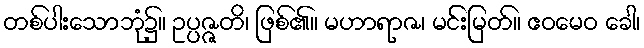
တစ်ပါးသောဘုံ၌။ ဥပ္ပဇ္ဇတိ၊ ဖြစ်၏။ မဟာရာဇ၊ မင်းမြတ်။ ဧဝမေဝ ခေါ၊